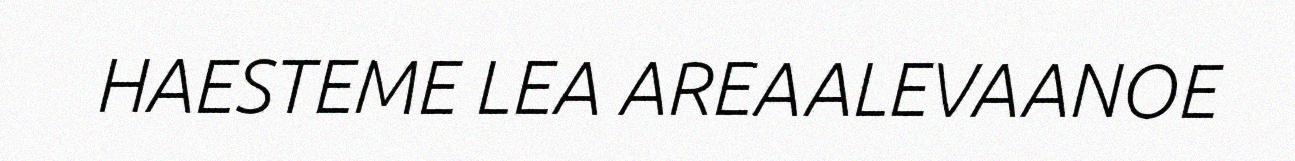
HAESTEME LEA AREAALEVAANOE